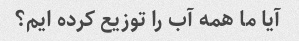
آیا ما همه آب را توزیع کرده ایم؟